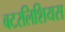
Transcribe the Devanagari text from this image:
बटरलिशियस